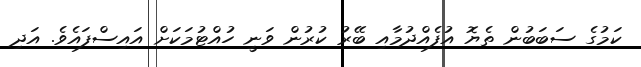
ކަމުގެ ސަބަބުން ތެޔޮ އުފެއްދުމާއި ބޭރު ކުރުން ވަނީ ހުއްޓުމަކަށް އައިސްފައެވެ. އަދި